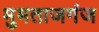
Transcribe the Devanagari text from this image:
मुमताजगंज